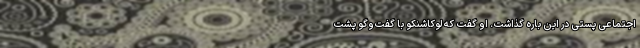
اجتماعی پستی در این باره گذاشت. او گفت که لوکاشنکو با گفت‌و‌گو پشت